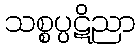
သစ္စပ္ပဋိညာ